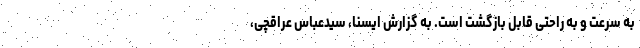
به سرعت و به راحتی قابل بازگشت است. به گزارش ایسنا، سیدعباس عراقچی،